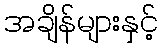
အချိန်များနှင့်